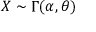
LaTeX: X \sim \Gamma ( \alpha , \theta )